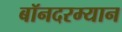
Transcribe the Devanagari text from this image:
बॉनदरम्यान